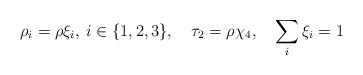
\begin{align*}\rho_i=\rho\xi_i, \: i \in \{1,2,3\}, \quad \tau_2=\rho\chi_4, \quad \sum_i \xi_i = 1\end{align*}